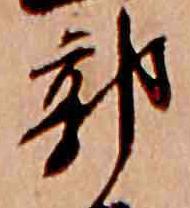
郭